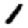
Digit: 1